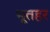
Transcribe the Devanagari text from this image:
भूतहर